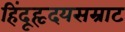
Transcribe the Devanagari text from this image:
हिंदूहृदयसम्राट